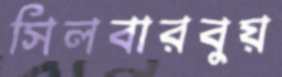
সিলবারবুয়